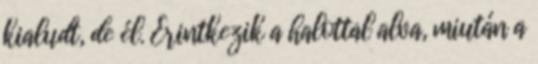
kialudt, de él. Érintkezik a halottal alva, miután a